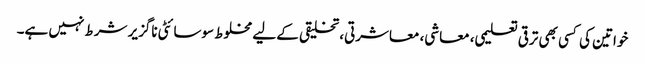
خواتین کی کسی بھی ترقی تعلیمی، معاشی، معاشرتی، تخلیقی کے لیے مخلوط سوسائٹی ناگزیر شرط نہیں ہے۔